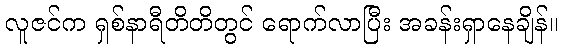
လူဇင်က ရှစ်နာရီတိတိတွင် ရောက်လာပြီး အခန်းရှာနေချိန်။